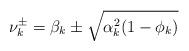
LaTeX: \begin{align*}\nu_{k}^{\pm}=\beta_{k}\pm\sqrt{\alpha_{k}^{2}(1-\phi_{k})}\end{align*}